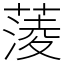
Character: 蔆